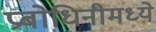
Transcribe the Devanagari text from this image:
प्रबोधिनीमध्ये